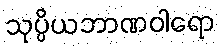
သုပ္ပိယဘာဏဝါရော